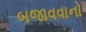
બજાવવાનો